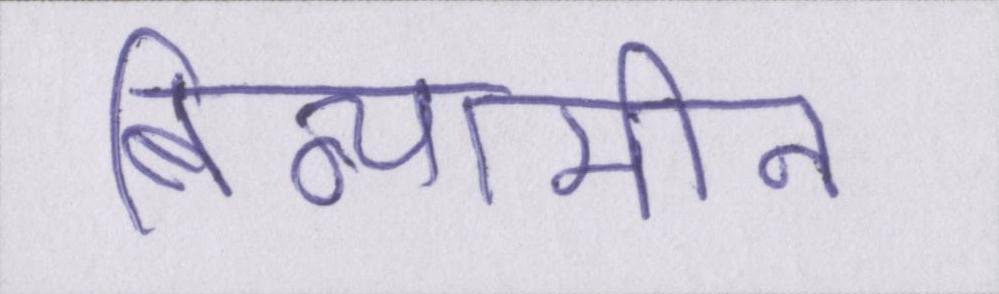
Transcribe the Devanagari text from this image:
बिन्यामीन